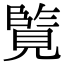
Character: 𮗘